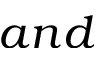
a n d